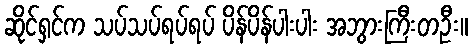
ဆိုင်ရှင်က သပ်သပ်ရပ်ရပ် ပိန်ပိန်ပါးပါး အဘွားကြီးတဦး။